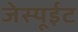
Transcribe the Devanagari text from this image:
जेस्यूईट